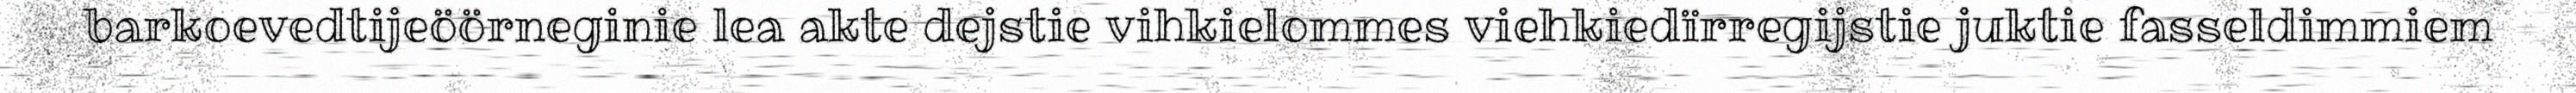
barkoevedtijeöörneginie lea akte dejstie vihkielommes viehkiedïrregijstie juktie fasseldimmiem